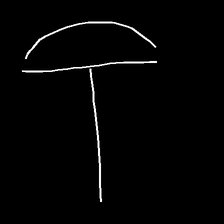
Glyph: dispersion